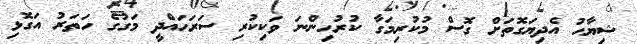
ޝިޔާހު އެދިޔަގޮތަށް ގޮސް މުކުރިމަގާ ކުރުހިންނަ ވަކިކުރި ސަރަހައްދީ މަގުގެ ހަތަރު އަގޮޅި